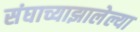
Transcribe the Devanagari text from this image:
संघाच्याझालेल्या